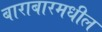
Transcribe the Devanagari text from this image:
बाराबारमधील